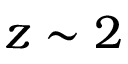
z \sim 2